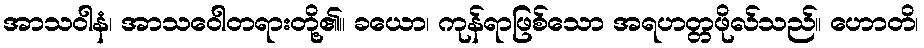
အာသဝါနံ၊ အာသဝေါတရားတို့၏။ ခယော၊ ကုန်ရာဖြစ်သော အရဟတ္တဖိုလ်သည်။ ဟောတိ၊